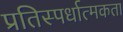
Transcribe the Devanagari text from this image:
प्रतिस्‍पर्धात्‍मकता